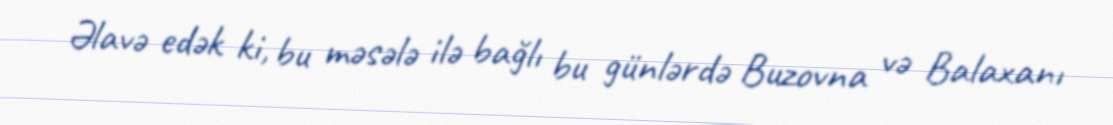
Əlavə edək ki, bu məsələ ilə bağlı bu günlərdə Buzovna və Balaxanı